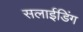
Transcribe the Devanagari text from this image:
सलाईडिंग